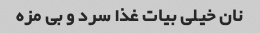
نان خیلی بیات غذا سرد و بی مزه